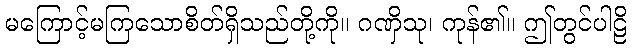
မကြောင့်မကြသောစိတ်ရှိသည်တို့ကို။ ဂဏှိသု၊ ကုန်၏။ ဤတွင်ပါဠိ